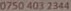
0750 403 2344